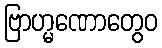
ဗြာဟ္မဏောတွေဝ